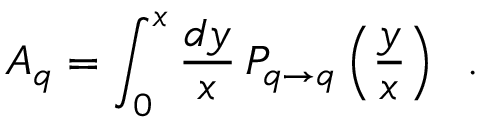
A _ { q } = \int _ { 0 } ^ { x } { \frac { d y } { x } } \, P _ { q \rightarrow q } \left( { \frac { y } { x } } \right) \; \; .